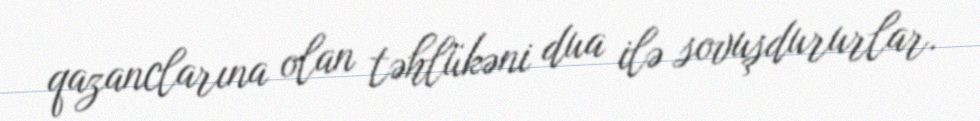
qazanclarına olan təhlükəni dua ilə sovuşdururlar.